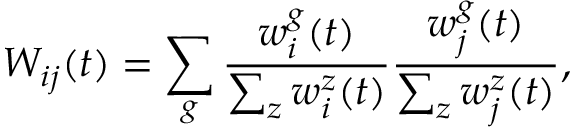
W _ { i j } ( t ) = \sum _ { g } \frac { w _ { i } ^ { g } ( t ) } { \sum _ { z } w _ { i } ^ { z } ( t ) } \frac { w _ { j } ^ { g } ( t ) } { \sum _ { z } w _ { j } ^ { z } ( t ) } ,